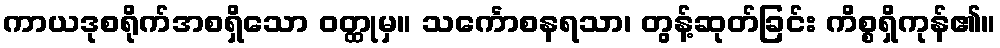
ကာယဒုစရိုက်အစရှိသော ဝတ္ထုမှ။ သင်္ကောစနရသာ၊ တွန့်ဆုတ်ခြင်း ကိစ္စရှိကုန်၏။